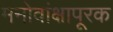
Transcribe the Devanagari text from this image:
मनोवांक्षापूरक